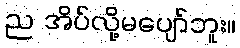
ည အိပ်လို့မပျော်ဘူး။